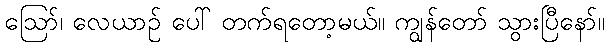
ဪ၊ လေယာဉ် ပေါ် တက်ရတော့မယ်။ ကျွန်တော် သွားပြီနော်။